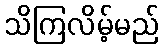
သိကြလိမ့်မည်